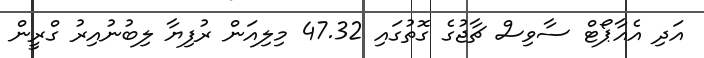
އަދި އެއާޕޯޓް ސާވިސް ޗާޖުގެ ގޮތުގައި 47.32 މިލިއަން ރުފިޔާ ލިބުނުއިރު ގްރީން